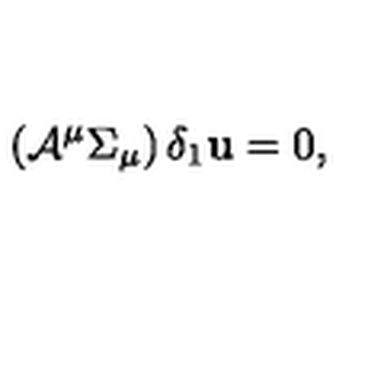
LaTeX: \left( { \cal A } ^ { \mu } \Sigma _ { \mu } \right) \delta _ { 1 } { \bf u } = 0 ,